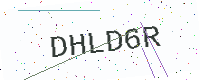
Text: DHLD6R